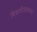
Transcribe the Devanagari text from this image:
चिखलीजवळच्या